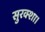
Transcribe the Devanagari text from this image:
सुरक्शा।